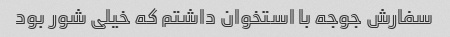
سفارش جوجه با استخوان داشتم که خیلی شور بود